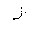
Letter: _zay